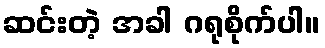
ဆင်းတဲ့ အခါ ဂရုစိုက်ပါ။